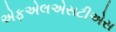
એફએલએસટીએસ